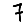
Digit: 7